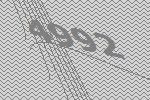
4992